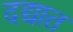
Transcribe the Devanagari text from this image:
दद्यात